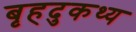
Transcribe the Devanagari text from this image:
बृहदुकथ्य